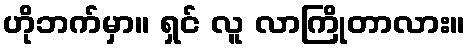
ဟိုဘက်မှာ။ ရှင် လူ လာကြိုတာလား။